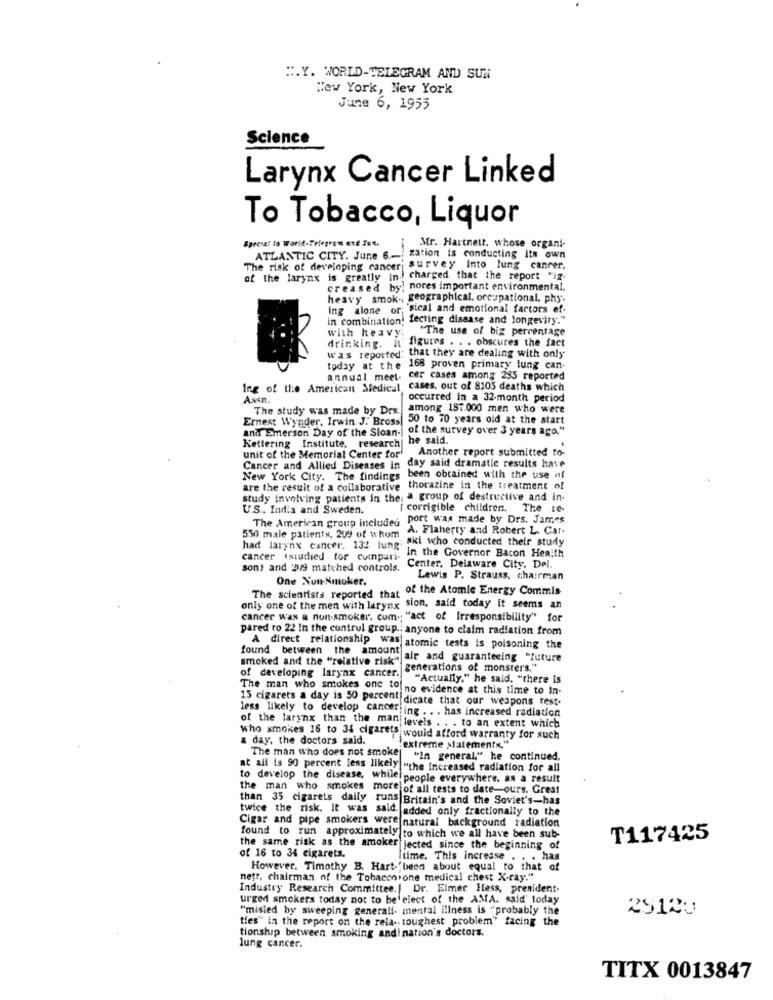
".Y. WORLD-TELEGRAM AND SUN
New York, New York
June 6, 1955
Science
Larynx Cancer Linked
To Tobacco, Liquor
Special to Worst-Telegr
Mr. Hartnett. whose organi-
ATLANTIC CITY. June 6 .-;
zation is conducting its own
The risk of developing cancer
isurvey Into lung cancer,
of the larynx is greatly In ! charged that the report "ig.
creased by; nores important environmental,
heavy smok ., geographical. occupational. phy'.
ing alone or; sical and emotional factors ef-
in combination! fecting disease and longevity."
with heavy;
"The use of big percentage
figures . . . obscures the fact
drinking.
was reported that they are dealing with only
today at the
168 proven primary lung can-
annual meet-
cer cases among 235 reported
Ing of the American Medical,
cases, out of 8105 deaths which
Assn.
occurred in a 32-month period
The study was made by Drs. among 187.000 men who were
Ernest Wynder, Irwin J. Bross!
50 to 70 years old at the start
and Emerson Day of the Sloan-I
of the survey over 3 years ago."
he said.
Kettering Institute, research|
Another report submitted to-
unit of the Memorial Center for'
Cancer and Allied Diseases in day said dramatie results have
New York City. The findings
been obtained with the use of
are the result of a collaborative thorazine in the treatment of
study involving patients in the, a group of destructive and in.
U.S ., India and Sweden.
[ corrigible children. The 10-
The American group included port was made by Drs. James
A. Flaherty and Robert L. Car.
550 male patients, 209 of whom
; aki who conducted their study
had larynx cancer. 132 lung'
In the Governor Bacon Heaith
cancer istudied tor cuinpari-
sont and '2/9 matched controls.
Center, Delaware City. Del.
One Nun-Nmnoker.
Lewis P. Strauss, chairman
The scientists reported that of the Atomic Energy Commis
only one of the men with larynx sion, said today it seems an
cancer was & non-smoker. com .; "act of Irresponsibility" for
pared ro 22 in the control group .. anyone to claim radiation from
found between the amount
A direct relationship was atomic tests is poisoning the
smoked and the "relative risk"
in air and guaranteeing "future
generations of monster's."
of developing larynx cancer.
"Actually," he said, "there is
The man who smokes one toj
no evidence at this time to in-
15 cigarets a day is 50 percent dicate that our weapons test.
of the larynx than the man
less likely to develop cancer ing .. . has increased radiation
who smokes 16 to 34 cigarets
levels . . . to an extent which
a day, the doctors said.
would afford warranty for such
The man who does not smokej
"extreme statements."
"In general." he continued,
at all is 90 percent less likely "the increased radiation for all
to develop the disease, while}
people everywhere. as a result
the man who smokes more
Gfof all tests to date-ours. Great
than 35 cigarets daily runs Britain's and the Soviet's-has
twice the risk. it was said added only fractionally to the
Cigar and pipe smokers were natural background radiation
found to run approximately to which we all have been sub-
T117425
the same risk as the amaker jected since the beginning of
of 16 to 34 cigarets.
Itime. This increase . . . has
However. Timothy B. Hart-'been about equal to that of
nett, chairman of the Tobacon one medical chest X-ray."
Industry Research Committee. Dr. Elmer Hess, president-
urgent smokers today not to be elect of the AMA. said' today
"misled by sweeping generali. mental illness is "probably the
2512U
ties" in the report on the rela -. toughest problem" facing the
tionship between smoking andination's doctors.
lung cancer.
TITX 0013847